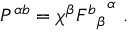
P ^ { \alpha b } = \chi ^ { \beta } { { F ^ { b } } _ { \beta } } ^ { \alpha } \ .